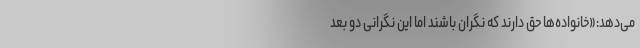
می‌دهد:«خانواده‌ها حق دارند که نگران باشند اما این نگرانی دو بعد